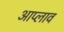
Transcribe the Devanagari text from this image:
आप्लाव